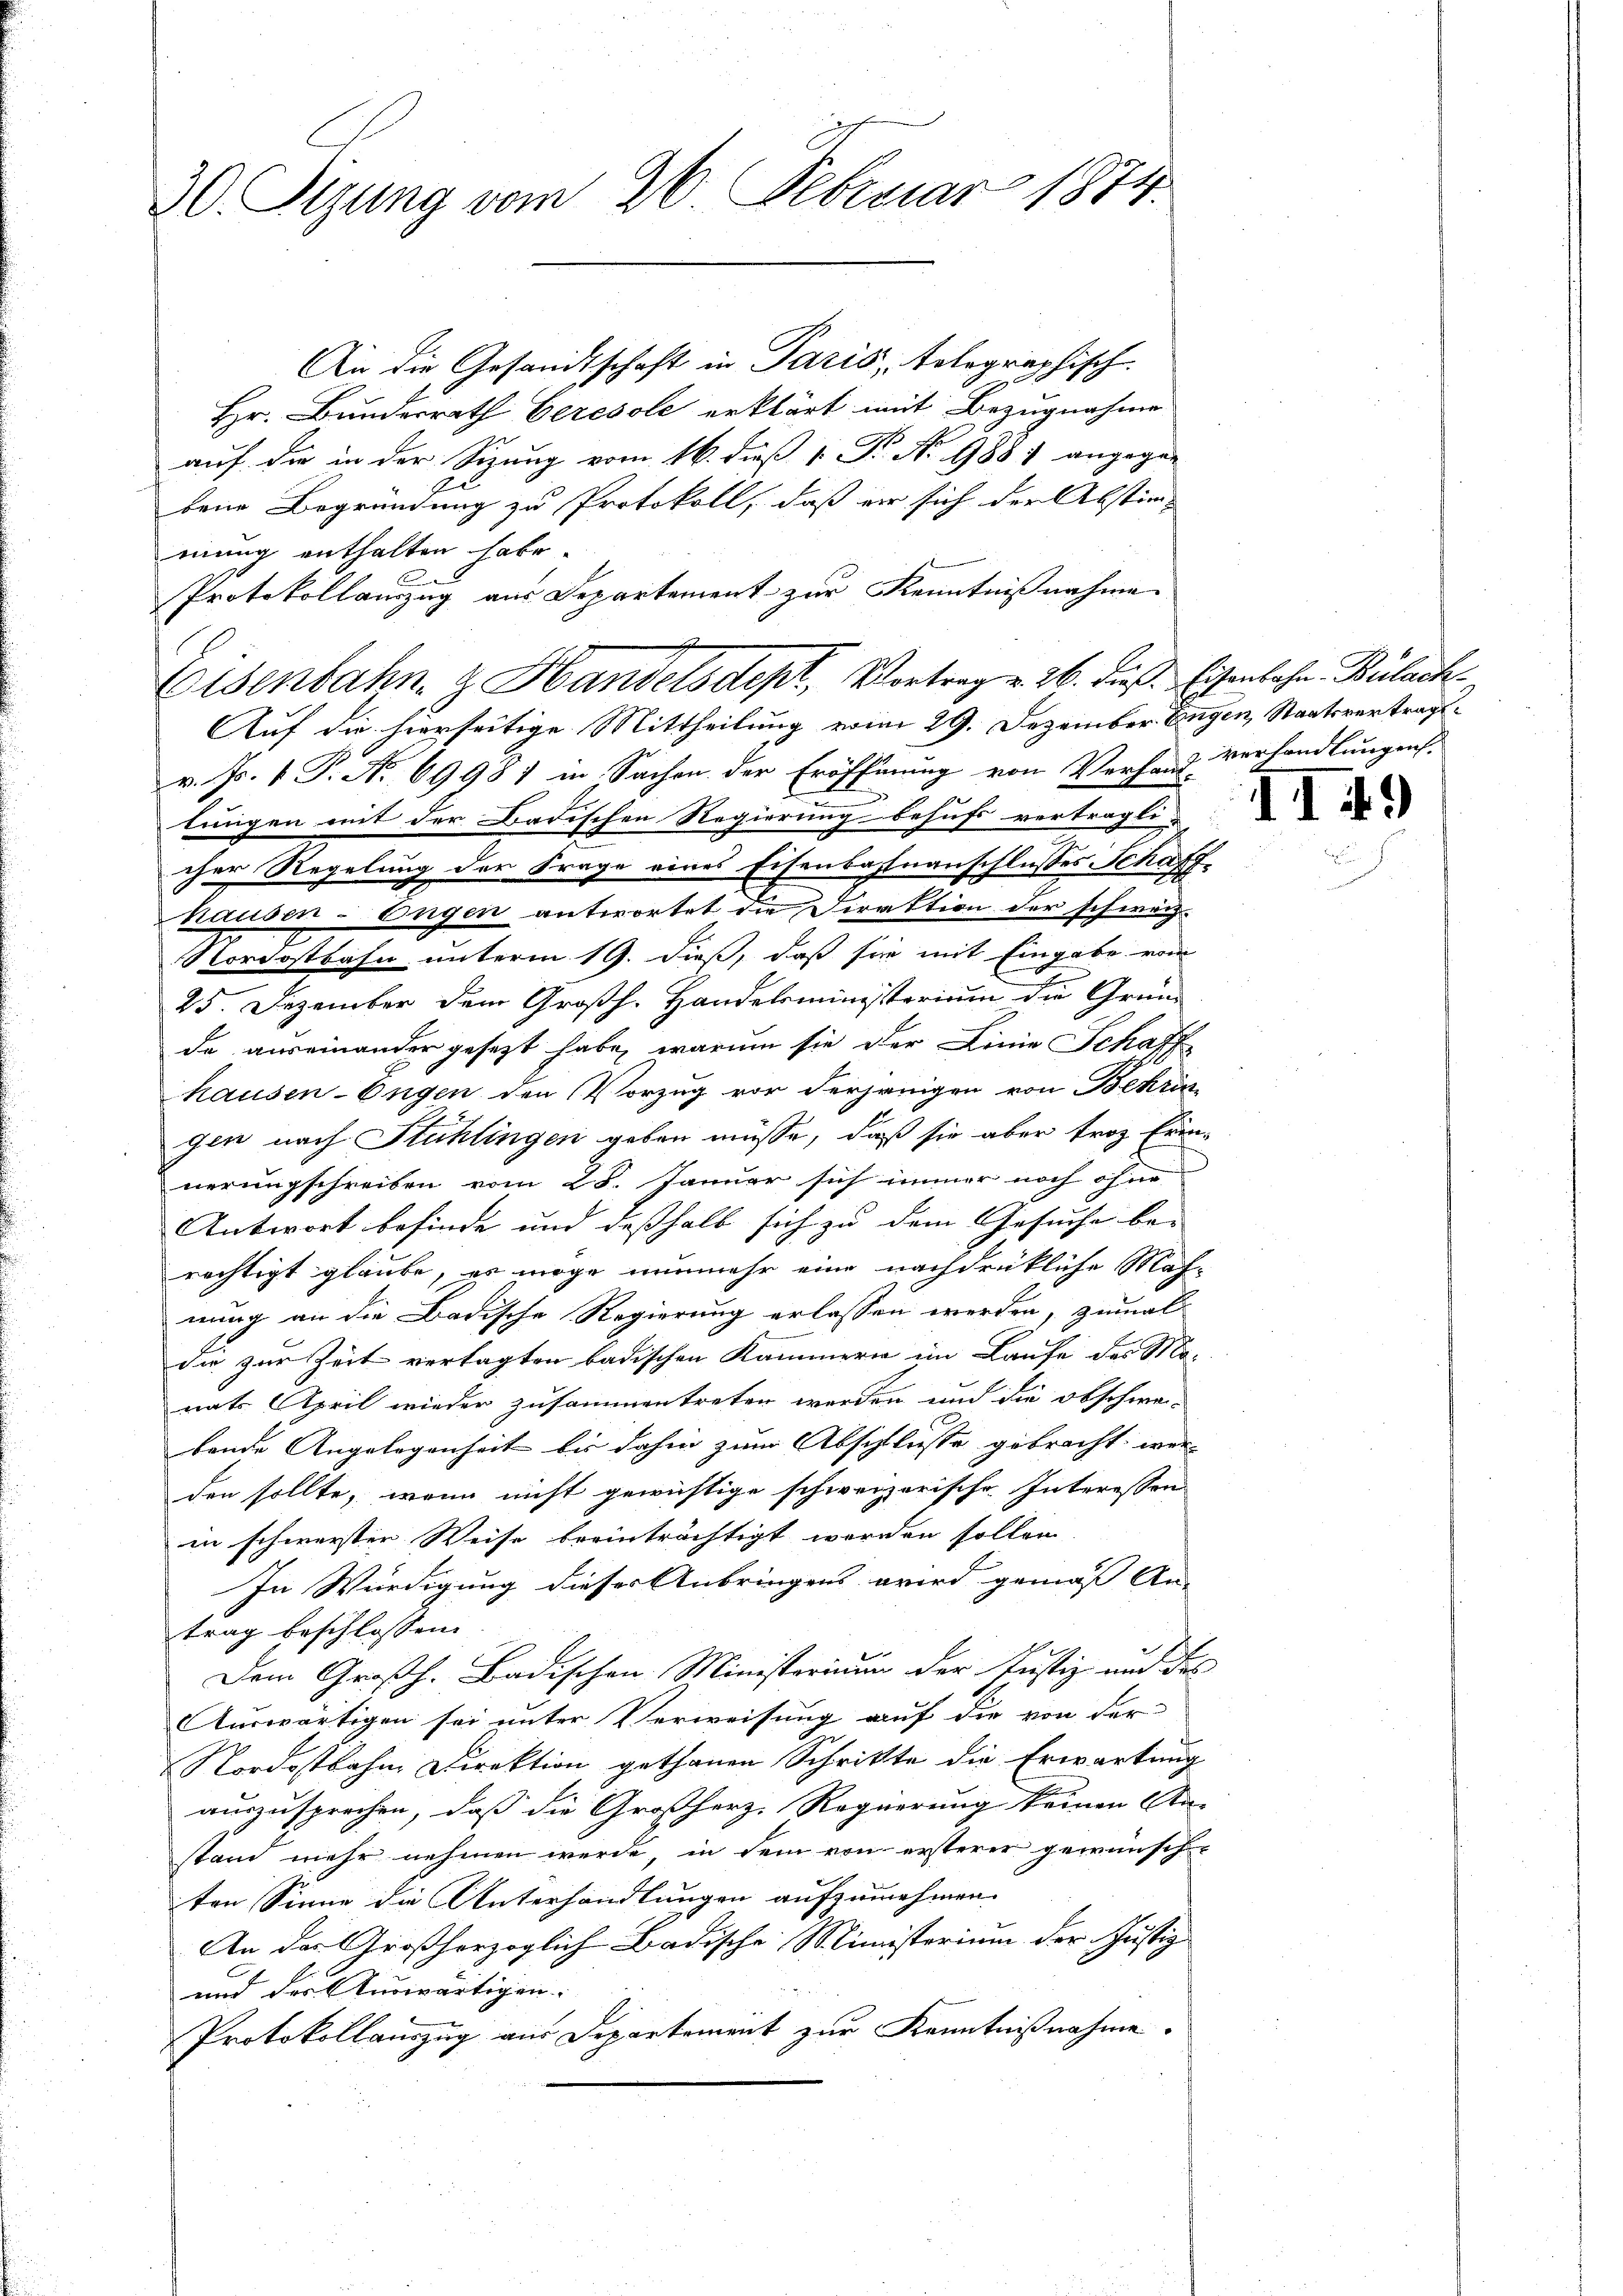
30. Sigung vom 26. Februar 1874.

An die Gesandtschaft in Paris, telegraphisch.
Hr. Bundesrath Ceresole erklärt mit Bezugnahme
auf die in der Sitzung vom 16. daß 1. P. Nr. 1887 angegen
bene Begründung zu Protokoll, daß er sich der Abstimmung enthalten habe.
Protokollauszug aus Departement zur Kenntnißnahme
v. Js. 1 P. No 6998) in Sachen der Eröffnung von Verhand verhandlungens
lungen mit der Badischen Regierung behufs verträgli-
cher Regelung der Frage eines Eisenbahnanschlusses Schaffhausen-Engen antwortet die Direktion der schweiz.
Nordostbahn unterm 19. dieß, daß sie mit Eingabe vom
25. Dezember dem Großh. Handelsministerium die Gründe auseinander gesezt habe, warum sie der Linie Schaff
hausen-Engen den Vorzug vor derjenigen von Bekri
gen nach Stühlingen geben müsse, daß sie aber froz Erinnerungschreiben vom 28. Januar sich immer noch ohne
Antwort befinde und deßhalb sich zu dem Gesuche be-
rächtigt glaube, es möge nunmehr eine nachdrükliche Mah-
nung an die Badische Regierung erlassen werden, zumal
die zur Zeit vertagten badischen Kammern im Laufe des Mo-
nats April wieder zusammentreten werden und die obschwei-
bende Angelegenheit bis dahin zum Abschlusse gebracht wer-
den sollte, wenn nicht gewichtige schweizerische Interessen
in schwersten Weise beeinträchtigt worden sollen
In Würdigung dieser Anbringens wird gemäß An-
trag beschlossen:
.
Dem Großh. Badischen Ministerium der Justiz und des
Auswärtigen sei unter Verweisung auf die von der
Nordostbahn Direktion gethanen Schritte die Erwartung
auszusprechen, daß die Großherz. Regierung keinen An-
stand mehr nehmen werde, in dem von ersterer gewünsche
ten Sinne die Unterhandlungen aufzunehmen.
An das Großherzoglich Badische Ministerium der Justiz
und der Auswärtigen-
Protokollauszug aus Departement zur Kenntnißnahme.

Eisenbahn & Handelsdept, Vortrag v. 26. dieß. Eisenbahn Bülach
Auf die hierseitige Mittheilung vom 29. Dezember Engen, Staatsvertrag¬

II4)